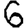
Digit: 6